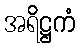
အရိဋ္ဌကံ